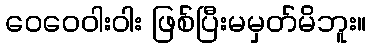
ဝေဝေဝါးဝါး ဖြစ်ပြီးမမှတ်မိဘူး။